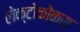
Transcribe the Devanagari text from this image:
लेक्टोकोकस